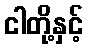
ငါတို့နှင့်